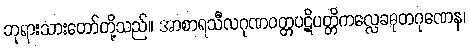
ဘုရားသားတော်တို့သည်။ အာစာရသီလဂုဏဝတ္တပဋိပတ္တိကလ္လေခဓုတဂုဏေန၊